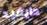
دايفيد